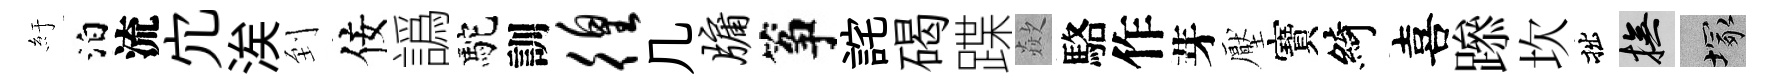
紆泊流宂涘到佞譌駝訓徨几牖筝詫碣蹀歘駱作芽壓寶綺喜𨅶坎拙撫塚